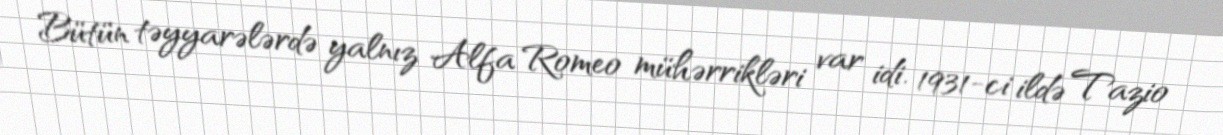
Bütün təyyarələrdə yalnız Alfa Romeo mühərrikləri var idi. 1931-ci ildə Tazio